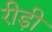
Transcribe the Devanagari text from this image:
रीड़ी